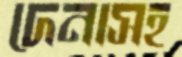
দেনাসহ